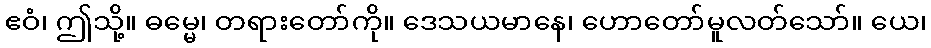
ဧဝံ၊ ဤသို့။ ဓမ္မေ၊ တရားတော်ကို။ ဒေသယမာနေ၊ ဟောတော်မူလတ်သော်။ ယေ၊